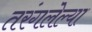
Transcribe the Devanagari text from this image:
तरंगलेल्या